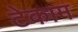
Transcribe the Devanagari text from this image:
टेकाम